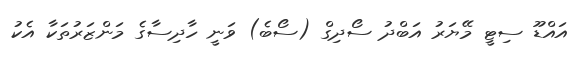
އައްޑޫ ސިޓީ މޭޔަރު އަބްދު ސޯދިގް (ސޯބެ) ވަނީ ހާދިސާގެ މަންޒަރުތަކާ އެކު